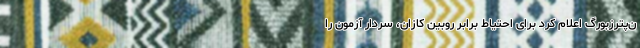
ن‌پترزبورگ اعلام کرد برای احتیاط برابر روبین کازان، سردار آزمون را